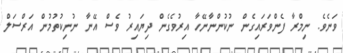
ވަނެވެ. ނިމްރާ ފެންވަރައިގެން ނުކުންނާނޭހާ އިރުވެގެން ދިޔައިރު ވެސް އޭނާ ނުނިކުތުމުން އަރްސަލް